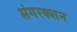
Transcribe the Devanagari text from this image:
संगरक्शन